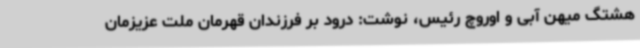
هشتگ میهن آبی و اوروچ رئیس، نوشت: درود بر فرزندان قهرمان ملت عزیزمان